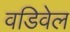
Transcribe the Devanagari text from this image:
वडिवेल